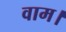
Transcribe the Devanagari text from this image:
वाम।